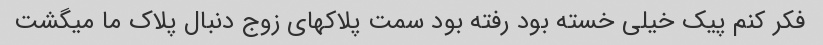
فکر کنم پیک خیلی خسته بود رفته بود سمت پلاکهای زوج دنبال پلاک ما میگشت